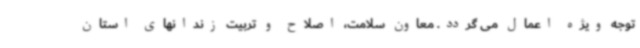
توجه ویژه اعمال می گردد. معاون سلامت، اصلاح و تربیت زندانهای استان